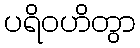
ပရိဝဟိတွာ